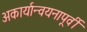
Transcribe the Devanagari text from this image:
अकार्यान्वयनापूर्वी